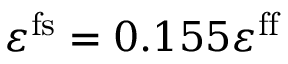
\varepsilon ^ { \mathrm { f s } } = 0 . 1 5 5 \varepsilon ^ { \mathrm { f f } }